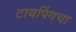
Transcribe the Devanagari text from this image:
टायपिंगचा